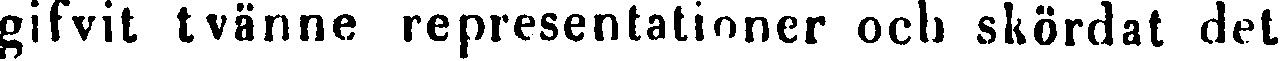
gifvit tvänne representationer och skördat det